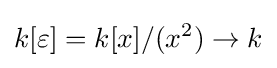
k[\varepsilon ]=k[x]/(x^{2})\to k